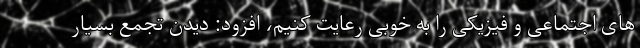
های اجتماعی و فیزیکی را به خوبی رعایت کنیم، افزود: دیدن تجمع بسیار